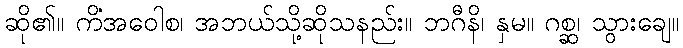
ဆို၏။ ကိံအဝေါစ၊ အဘယ်သို့ဆိုသနည်း။ ဘဂီနိ၊ နှမ။ ဂစ္ဆ၊ သွားချေ။